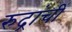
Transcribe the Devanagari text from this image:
रुद्रांचीं